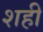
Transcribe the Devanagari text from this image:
शही